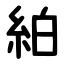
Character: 絈